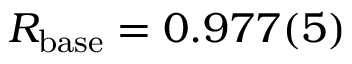
R _ { \mathrm { b a s e } } = 0 . 9 7 7 ( 5 )